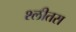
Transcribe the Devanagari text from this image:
श्लीतस